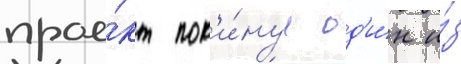
прое́кт пок'и́нул од'и́н и́з